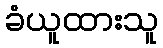
ခံယူထားသူ